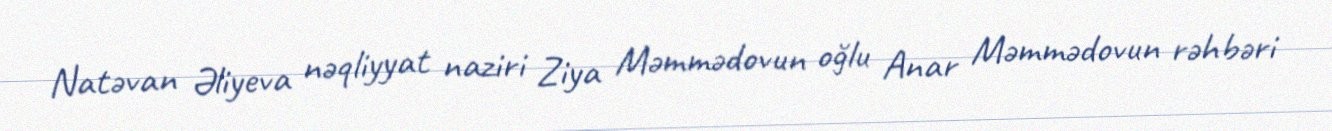
Natəvan Əliyeva nəqliyyat naziri Ziya Məmmədovun oğlu Anar Məmmədovun rəhbəri